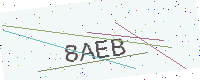
Text: 8AEB